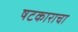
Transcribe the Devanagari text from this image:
षटकाराचा